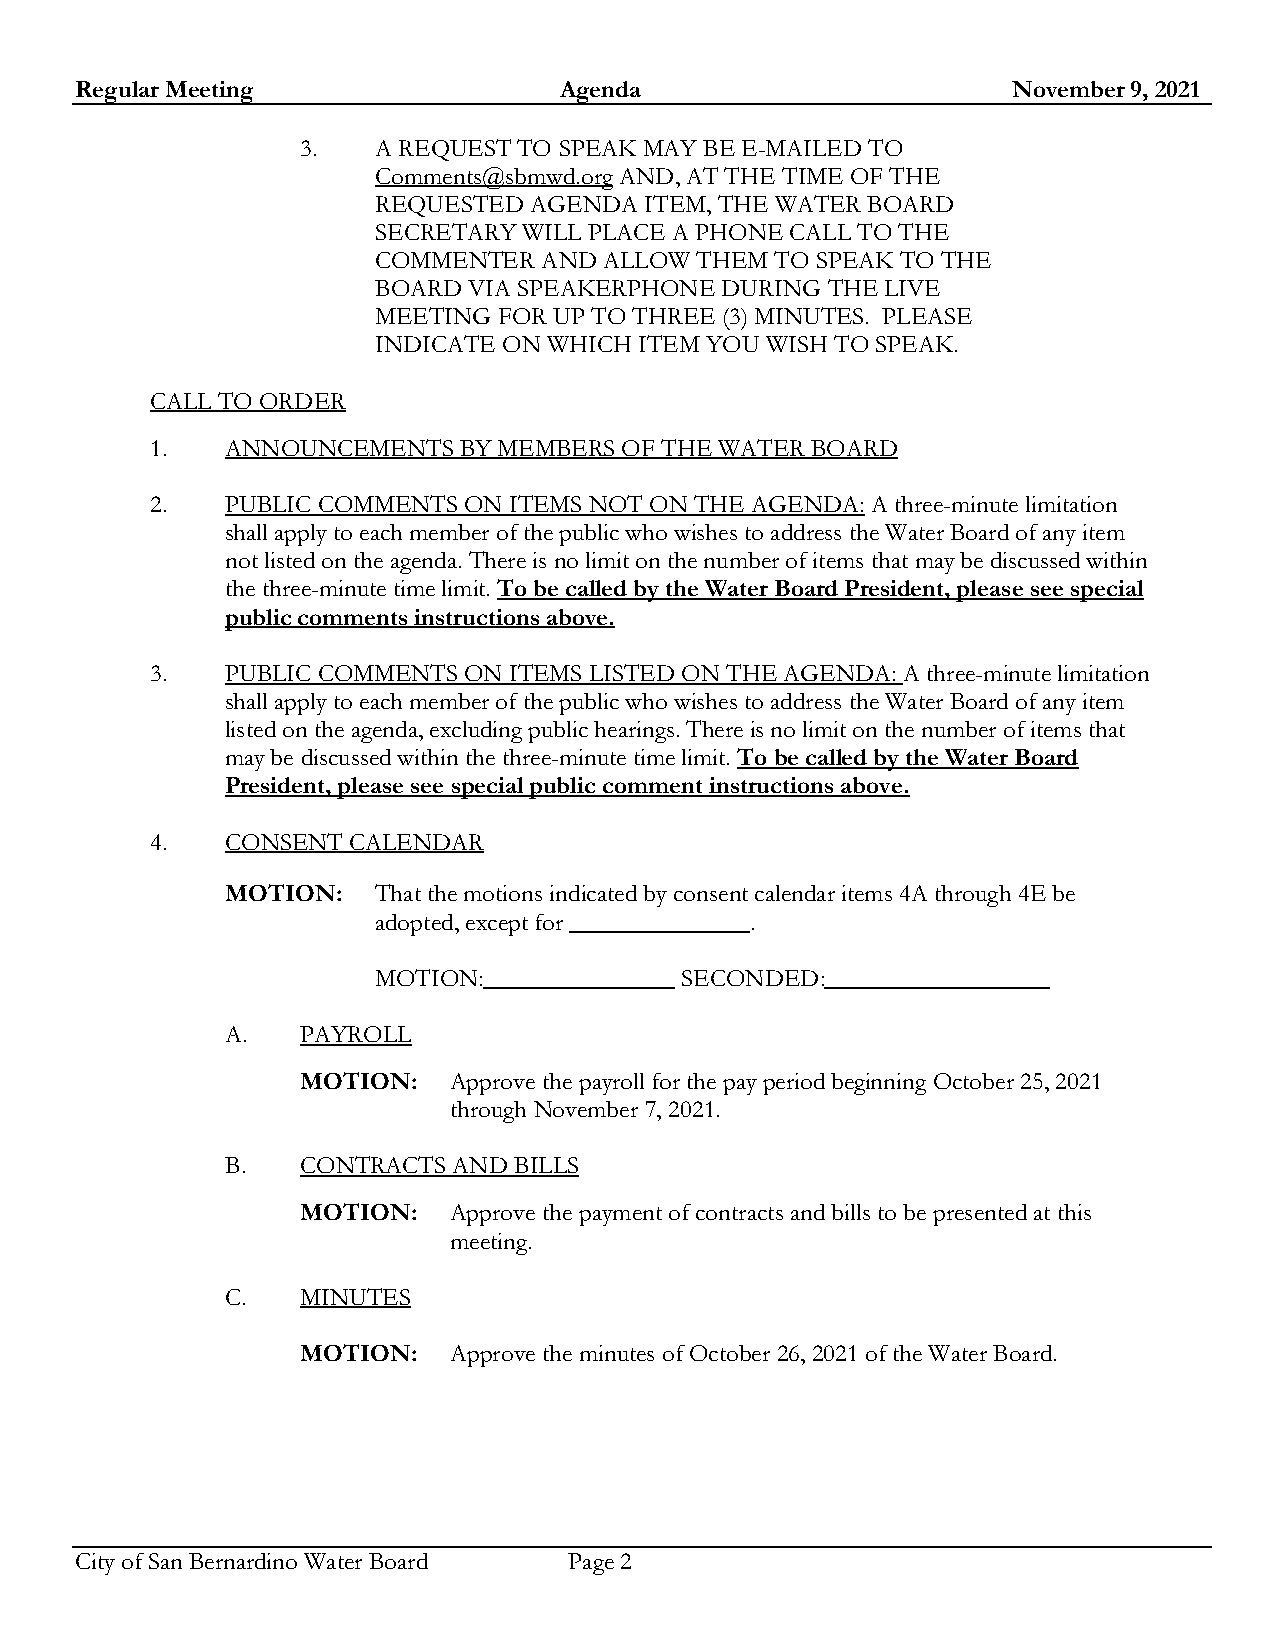
Regular Meeting                 Agenda                        November 9, 2021
 3.   A REQUEST TO SPEAK MAY BE E-MAILED TO
 Comments@sbmwd.org AND, AT THE TIME OF THE
 REQUESTED AGENDA  ITEM, THE WATER BOARD
 SECRETARY WILL PLACE A PHONE CALL TO THE
 COMMENTER  AND ALLOW THEM TO SPEAK TO THE
 BOARD VIA SPEAKERPHONE DURING THE LIVE
 MEETING FOR UP TO THREE (3) MINUTES. PLEASE
 INDICATE ON WHICH ITEM YOU WISH TO SPEAK.
 CALL TO ORDER
 1.   ANNOUNCEMENTS  BY MEMBERS OF THE WATER BOARD
 2.   PUBLIC COMMENTS ON ITEMS NOT ON THE AGENDA: A three-minute limitation
 shall apply to each member of the public who wishes to address the Water Board of any item
 not listed on the agenda. There is no limit on the number of items that may be discussed within
 the three-minute time limit. To be called by the Water Board President, please see special
 public comments instructions above.
 3.   PUBLIC COMMENTS ON ITEMS LISTED ON THE AGENDA: A three-minute limitation
 shall apply to each member of the public who wishes to address the Water Board of any item
 listed on the agenda, excluding public hearings. There is no limit on the number of items that
 may be discussed within the three-minute time limit. To be called by the Water Board
 President, please see special public comment instructions above.
 4.   CONSENT CALENDAR
 MOTION:   That the motions indicated by consent calendar items 4A through 4E be
 adopted, except for      .
 MOTION:             SECONDED:
 A.   PAYROLL
 MOTION:   Approve the payroll for the pay period beginning October 25, 2021
 through November 7, 2021.
 B.   CONTRACTS AND BILLS
 MOTION:   Approve the payment of contracts and bills to be presented at this
 meeting.
 C.   MINUTES
 MOTION:   Approve the minutes of October 26, 2021 of the Water Board.
 City of San Bernardino Water Board Page 2